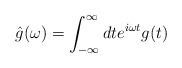
LaTeX: \begin{align*}\hat{g}(\omega)= \int^{\infty}_{-\infty}dt e^{i\omega t}g(t) \end{align*}